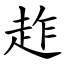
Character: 䞢